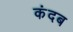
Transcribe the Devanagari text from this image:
कंदब